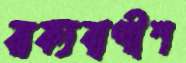
বাক্যবাগীশ